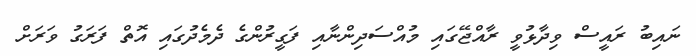
ނައިބު ރައީސް ވިދާޅުވީ ރާއްޖޭގައި މުއްސަދިންނާއި ފަގީރުންގެ ދެމެދުގައި އޮތް ފަރަގު ވަރަށް